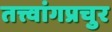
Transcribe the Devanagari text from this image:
तत्त्वांगप्रचुर